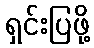
ရှင်းပြဖို့